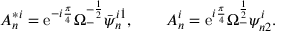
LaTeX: A _ { n } ^ { * i } = \mathrm { e } ^ { - i { \frac { \pi } { 4 } } } \Omega _ { - } ^ { - { \frac { 1 } { 2 } } } \bar { \psi } _ { n } ^ { i \dot { 1 } } , \qquad A _ { n } ^ { i } = \mathrm { e } ^ { i { \frac { \pi } { 4 } } } \Omega _ { - } ^ { { \frac { 1 } { 2 } } } \psi _ { n 2 } ^ { i } .